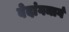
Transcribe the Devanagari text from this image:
वेदांगमार्ग